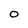
Character: O